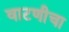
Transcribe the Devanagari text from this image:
वाटणीचा